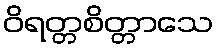
ဝိရတ္တစိတ္တာသေ